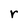
Character: r